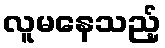
လူမနေသည့်